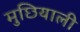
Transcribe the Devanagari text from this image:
मुछियाली